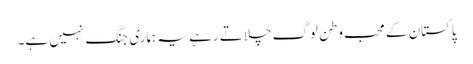
پاکستان کے محب وطن لوگ چلاتے رہے یہ ہماری جنگ نہیں ہے۔